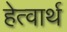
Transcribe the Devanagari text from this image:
हेत्वार्थ